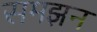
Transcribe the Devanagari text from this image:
समझन